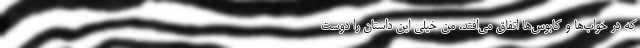
که در خواب‌ها و کابوس‌ها اتفاق می‌افتد. من خیلی این داستان را دوست